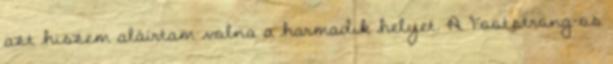
azt hiszem aláírtam volna a harmadik helyet. A Footstrong-os